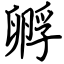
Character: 孵